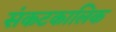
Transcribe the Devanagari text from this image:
संकटकालिक